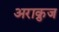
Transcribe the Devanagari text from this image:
अराक्रुज